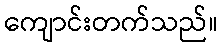
ကျောင်းတက်သည်။